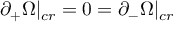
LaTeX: \partial _ { + } \Omega | _ { c r } = 0 = \partial _ { - } \Omega | _ { c r }